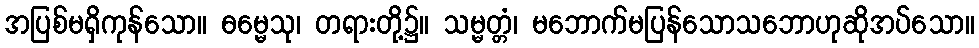
အပြစ်မရှိကုန်သော။ ဓမ္မေသု၊ တရားတို့၌။ သမ္မတ္တံ၊ မဘောက်မပြန်သောသဘောဟုဆိုအပ်သော။